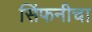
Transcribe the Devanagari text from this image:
सिंफनीचा